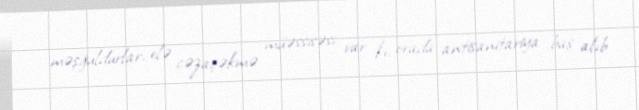
məşğuldurlar, elə cəzaçəkmə müəssisəsi var ki, orada antisanitariya baş alıb